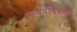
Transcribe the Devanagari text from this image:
जयनदिवर्मन्